Civil Veterinary Dept. Bombay admin report 1907-1913 - 1907-1913
Year: 1907
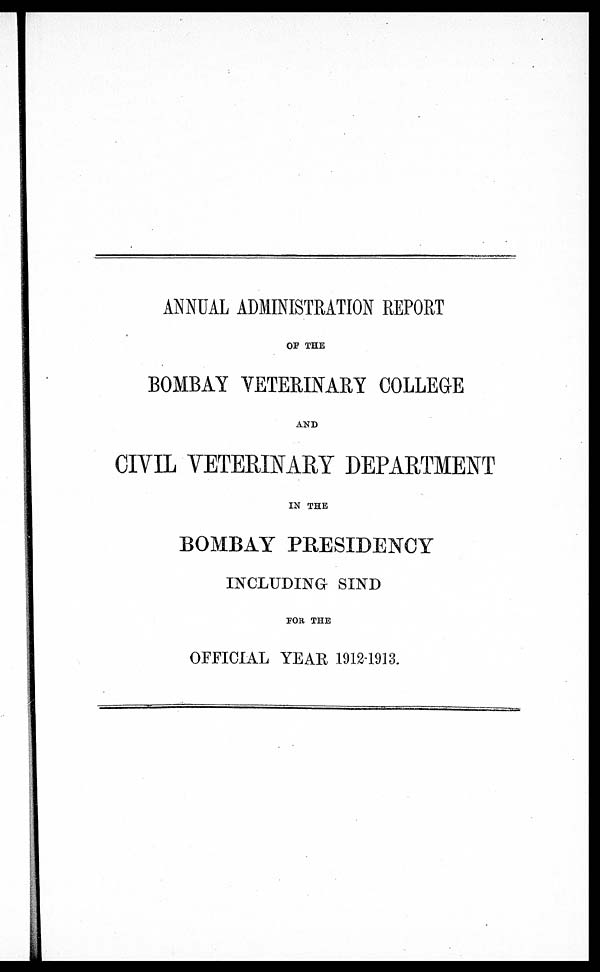
ANNUAL ADMINISTRATION REPORT
OF THE
BOMBAY VETERINARY COLLEGE
AND
CIVIL VETERINARY DEPARTMENT
IN THE
BOMBAY PRESIDENCY
INCLUDING SIND
FOR THE
OFFICIAL YEAR 1912-1913.